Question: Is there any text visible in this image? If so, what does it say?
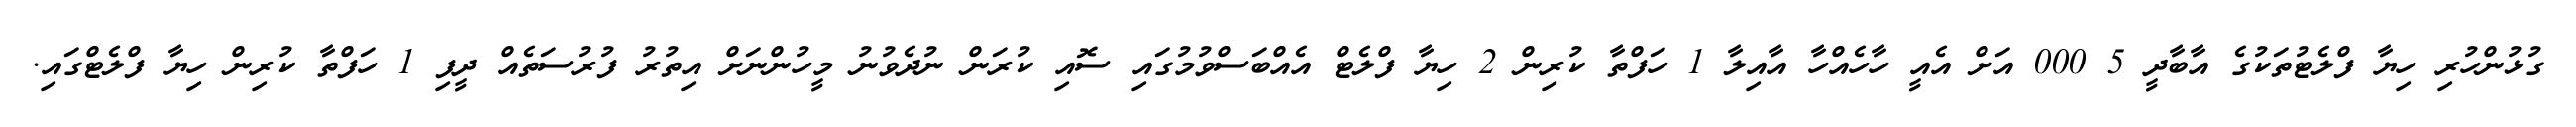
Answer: ގުޅުންހުރި ހިޔާ ފްލެޓުތަކުގެ އާބާދީ 5 000 އަށް އެއީ ހާހެއްހާ އާއިލާ 1 ހަފްތާ ކުރިން 2 ހިޔާ ފްލެޓް އެއްބަސްވުމުގައި ސޮއި ކުރަން ނުދެވުނު މީހުންނަށް އިތުރު ފުރުސަތެއް ދީފި 1 ހަފްތާ ކުރިން ހިޔާ ފްލެޓްގައި.